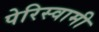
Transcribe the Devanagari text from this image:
पेरिस्वामी